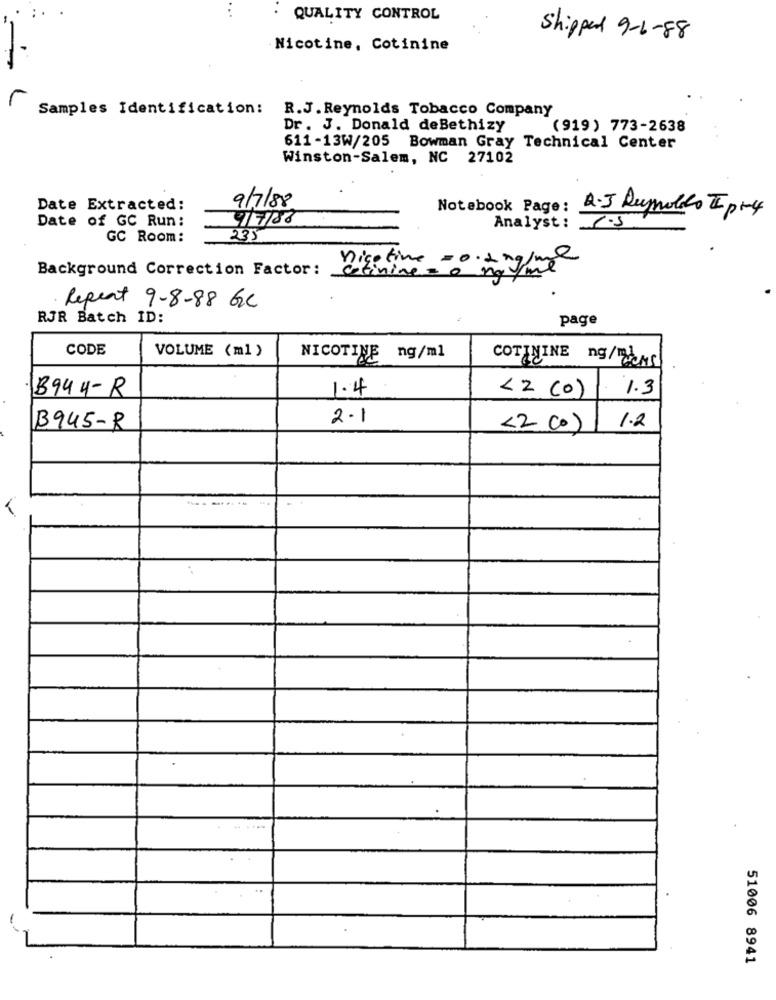
QUALITY CONTROL
Shipped 9-6-88
Nicotine, Cotinine
-
r
Samples Identification: R.J. Reynolds Tobacco Company
Dr. J. Donald deBethizy
(919) 773-2638
611-13W/205 Bowman Gray Technical Center
Winston-Salem, NC 27102
9/7/88
Date Extracted:
9/7/88
Notebook Page: A·J Reynolds Ip-4
Date of GC Run:
Analyst :
1.5
GC Room :
235
Background Correction Factor:
nice time =0. tagline
Repeat 9-8-88 GC
RJR Batch ID:
page
CODE
VOLUME (ml )
NICOTINE ng/ml
COTININE ng/dans
B944-R
1.4
<2 (0) 1.3
2.1
B945-R
<2 co) 1.2
51006 8941